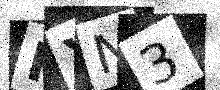
Text: KXN3